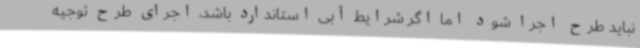
نباید طرح اجرا شود اما اگر شرایط آبی استاندارد باشد، اجرای طرح توجیه